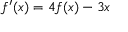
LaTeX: f ^ { \prime } ( x ) = 4 f ( x ) - 3 x